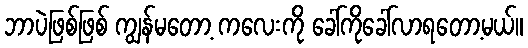
ဘာပဲဖြစ်ဖြစ် ကျွန်မတော့ ကလေးကို ခေါ်ကိုခေါ်လာရတော့မယ်။